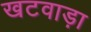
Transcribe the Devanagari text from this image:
खटवाड़ा